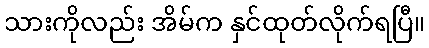
သားကိုလည်း အိမ်က နှင်ထုတ်လိုက်ရပြီ။